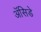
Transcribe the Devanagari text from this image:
ॲसिडे